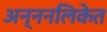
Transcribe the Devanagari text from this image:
अन्ननलिकेत